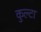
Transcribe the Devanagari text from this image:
कुल्टा